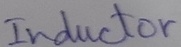
Text: Inductor